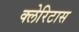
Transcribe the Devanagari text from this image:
क्लेरिटास